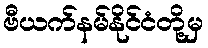
ဗီယက်နမ်နိုင်ငံတို့မှ